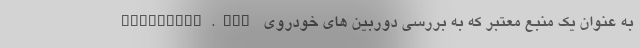
hcamtalks.com به عنوان یک منبع معتبر که به بررسی دوربین های خودروی